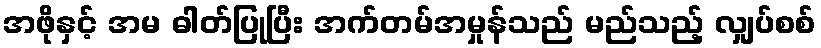
အဖိုနှင့် အမ ဓါတ်ပြုပြီး အက်တမ်အမှုန်သည် မည်သည့် လျှပ်စစ်